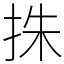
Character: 㧣